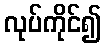
လုပ်ကိုင်၍